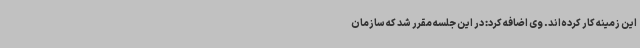
این زمینه کار کرده‌اند. وی اضافه کرد: در این جلسه مقرر شد که سازمان